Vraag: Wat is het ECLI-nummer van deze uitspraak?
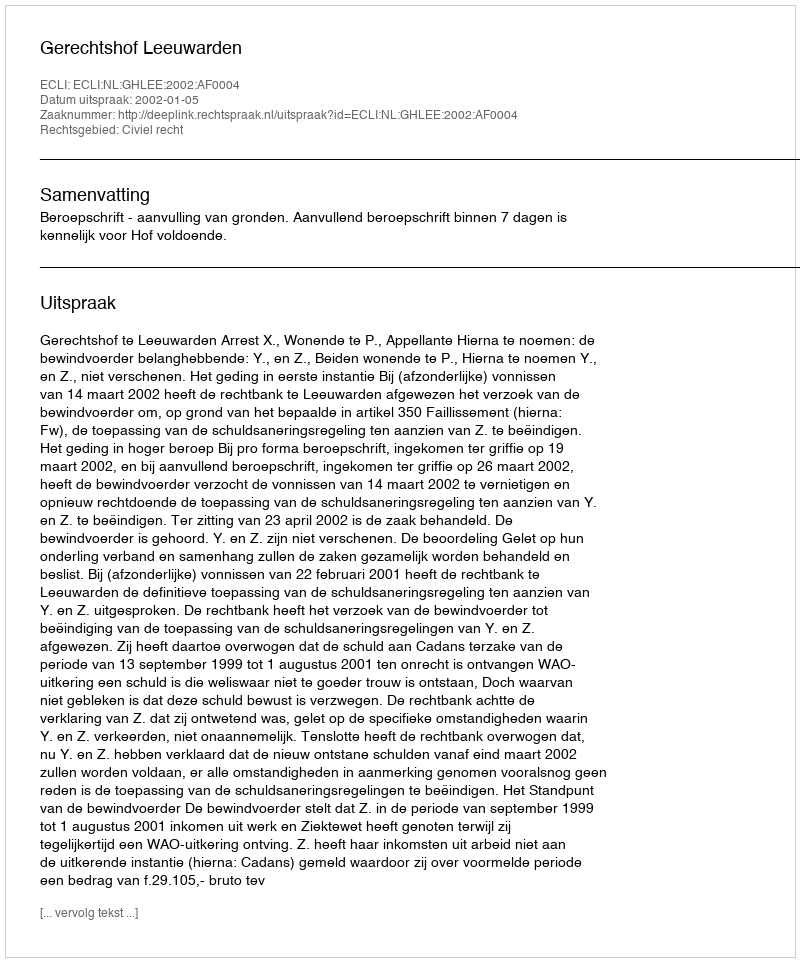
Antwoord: ECLI:NL:GHLEE:2002:AF0004